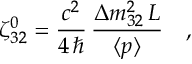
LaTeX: \zeta _ { 3 2 } ^ { 0 } = \frac { c ^ { 2 } } { 4 \, \hbar } \, \frac { \Delta m _ { 3 2 } ^ { 2 } \, L } { \langle p \rangle } \quad ,